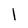
Character: l